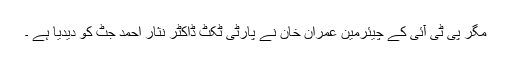
مگر پی ٹی آئی کے چیئرمین عمران خان نے پارٹی ٹکٹ ڈاکٹر نثار احمد جٹ کو دیدیا ہے ۔